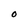
Character: O